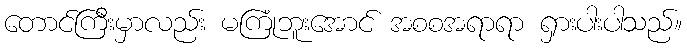
တောင်ကြီးမှာလည်း မကြုံဘူးအောင် အစစအရာရာ ရှားပါးပါသည်။